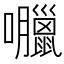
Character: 𡅘